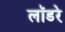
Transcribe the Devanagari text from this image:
लॉडरे